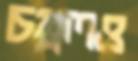
চপ্পলও